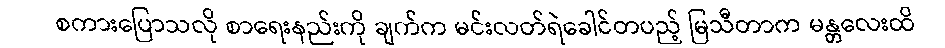
စကားပြောသလို စာရေးနည်းကို ချက်က မင်းလတ်ရဲခေါင်တပည့် မြသီတာက မန္တလေးထိ